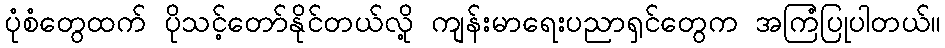
ပုံစံတွေထက် ပိုသင့်တော်နိုင်တယ်လို့ ကျန်းမာရေးပညာရှင်တွေက အကြံပြုပါတယ်။